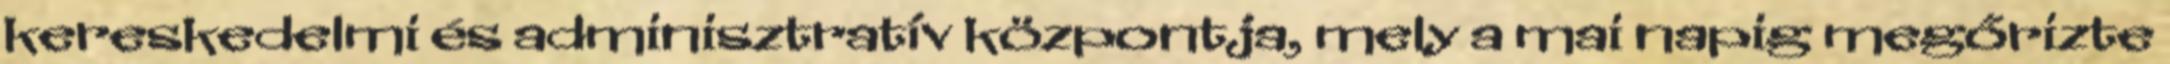
kereskedelmi és adminisztratív központja, mely a mai napig megőrizte